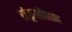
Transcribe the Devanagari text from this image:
संकुलोद्यान